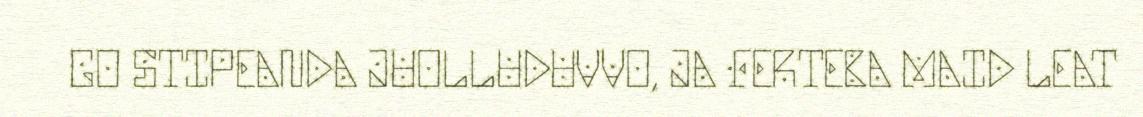
GO STIPEANDA JUOLLUDUVVO, JA FERTEBA MAID LEAT